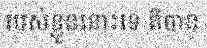
របស់ខ្លួននោះទេ គឺបាន